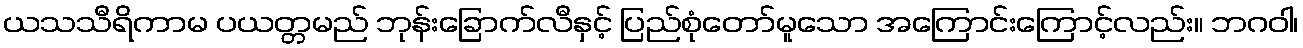
ယသသီရိကာမ ပယတ္တမည် ဘုန်းခြောက်လီနှင့် ပြည်စုံတော်မူသော အကြောင်းကြောင့်လည်း။ ဘဂဝါ၊